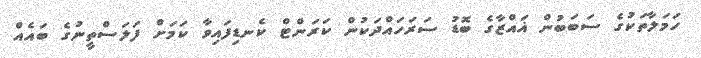
ހަމަލާތަކުގެ ސަބަބުން ޣައްޒާގެ ބޮޑު ސަރަހައްދަކުން ކަރަންޓް ކެނޑިފައިވާ ކަމަށް ފަލަސްތީނުގެ ބައެއް